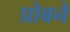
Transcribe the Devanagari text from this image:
प्रोबने